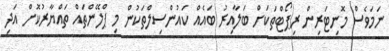
ނަމަވެސް މޮނިޓަރިން ރިޕޯޓްތަކަށް ބަލާއިރު ބައެއް ކައުންސިލްތަކުން މި ޕްލޭންތައް ތައްޔާރުކޮށް އަދި